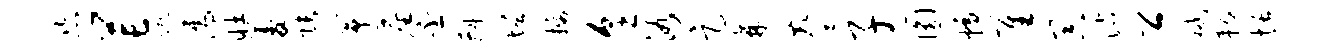
恣芒蹴濡壮菱张筝尘丕斟增摄烹浴足棘麈子圆幅隹器沽公减耨恬